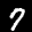
Label: 7